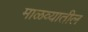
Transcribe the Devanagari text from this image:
माळव्यातील